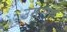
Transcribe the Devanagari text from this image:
उमराण